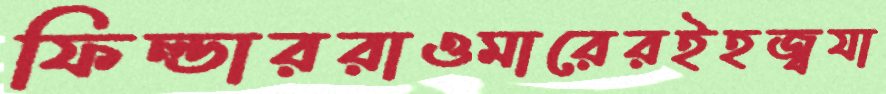
ফিল্ডাররাওমারেরইহজ্বযা